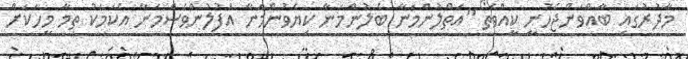
މާދުރުގައި ބާއްވަންޖެހުނީ ކީއްވެތޯ "އަތްލުންމަނާ ބެލުންމަނާ ކިޔެވުންމަނާ އުފުލުންވެސްމަނާ އެކަމަކު ތިމާ މީހަކަށް